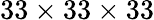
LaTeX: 33\times 33\times 33